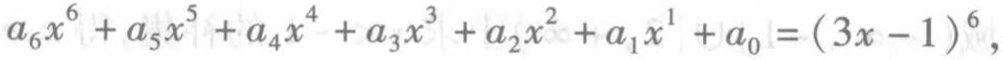
\(a_{6}x^{6}+a_{5}x^{5}+a_{4}x^{4}+a_{3}x^{3}+a_{2}x^{2}+a_{1}x^{1}+a_{0}=(3x - 1)^{6}\)